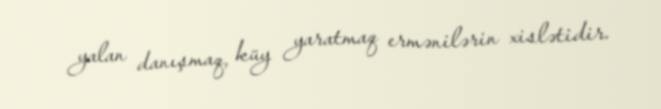
yalan danışmaq, küy yaratmaq ermənilərin xislətidir.